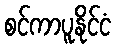
စင်ကာပူနိုင်ငံ